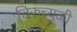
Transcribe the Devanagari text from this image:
तिरुच्युळी